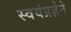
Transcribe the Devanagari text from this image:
स्वयंप्रज्ञेने